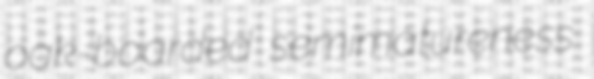
oak-boarded semimatureness